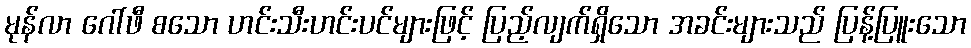
မုန်လာ ဂေါ်ဖီ စသော ဟင်းသီးဟင်းပင်များဖြင့် ပြည့်လျက်ရှိသော အခင်းများသည် ပြန့်ပြူးသော